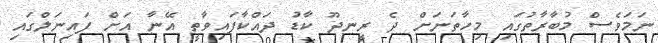
ނަމަވެސް މުބާރާތުގައި މިހާތަނަށް ދެ ރީނދޫ ކާޑު ދައްކާފައިވާތީ އޭނާ އަށް ފައިނަލްގައި